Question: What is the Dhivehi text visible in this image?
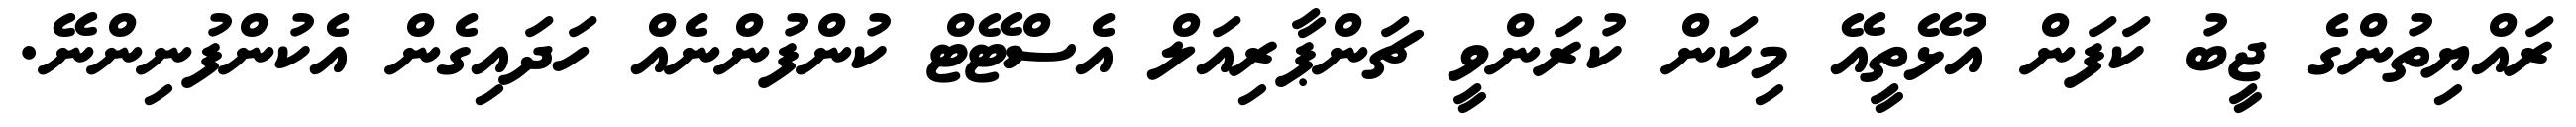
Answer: ރައްޔިތުންގެ ޖީބު ކަފަން އުޅޭތީއޭ މިކަން ކުރަންވީ ޗަންޕާރިއަލް އެސްޓޭޓް ކުންފުންނެއް ހަދައިގެން އެކުންފުނިންނޭ.